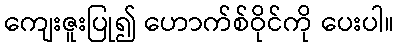
ကျေးဇူးပြု၍ ဟောက်စ်ဝိုင်ကို ပေးပါ။